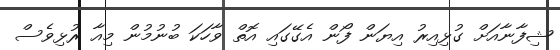
ޝިފާނާއަށް ގުޅިއިރު އިޔަން ފޯން އެގޭގައި އޮތް ވާހަކަ ބުނުމުން މިއާ ރުޅިވެސް